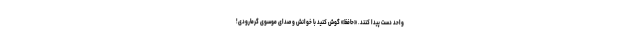
واحد دست پیدا کنند. «حافظ» گوش کنید با خوانش و صدای موسوی گرمارودی!